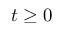
t \geq 0